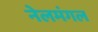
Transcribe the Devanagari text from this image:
नेलमंगल